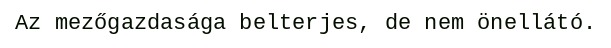
Az mezőgazdasága belterjes, de nem önellátó.